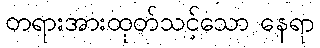
တရားအားထုတ်သင့်သော နေရာ